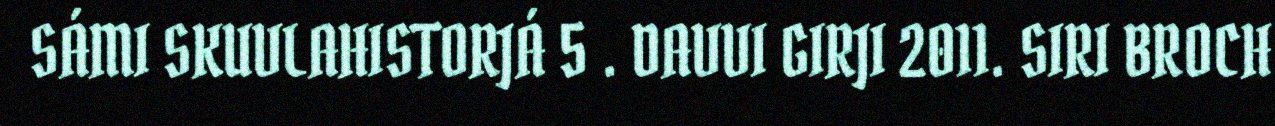
SÁMI SKUVLAHISTORJÁ 5 . DAVVI GIRJI 2011. SIRI BROCH